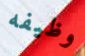
وظيفه